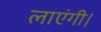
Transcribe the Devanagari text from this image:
लाएंगी।